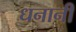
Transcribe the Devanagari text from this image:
धनानी